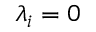
\lambda _ { i } = 0